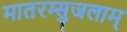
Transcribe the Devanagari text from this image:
मातरम्सुजलाम्